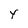
Character: Y